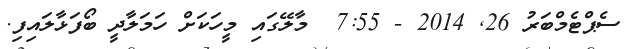
ސެޕްޓެމްބަރު 26